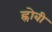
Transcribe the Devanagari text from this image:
ह्नोबी